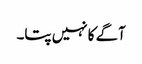
آگے کا نہیں پتا۔